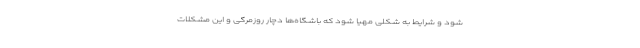
شود و شرایط به شکلی مهیا شود که باشگاه‌ها دچار روزمرگی و این مشکلات